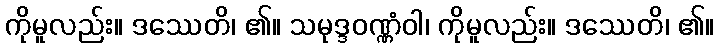
ကိုမူလည်း။ ဒဿေတိ၊ ၏။ သမုဒ္ဒဝဏ္ဏံဝါ၊ ကိုမူလည်း။ ဒဿေတိ၊ ၏။